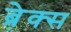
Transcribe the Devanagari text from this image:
ब्रे़क्स